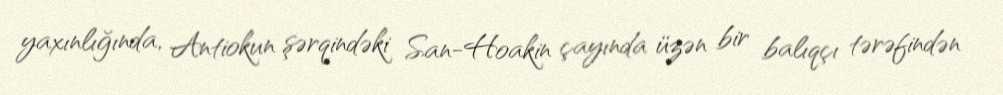
yaxınlığında, Antiokun şərqindəki San-Hoakin çayında üzən bir balıqçı tərəfindən